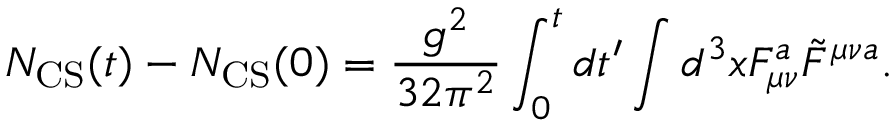
N _ { \mathrm { C S } } ( t ) - N _ { \mathrm { C S } } ( 0 ) = \frac { g ^ { 2 } } { 3 2 \pi ^ { 2 } } \int _ { 0 } ^ { t } d t ^ { \prime } \int d ^ { 3 } x F _ { \mu \nu } ^ { a } \tilde { F } ^ { \mu \nu a } .